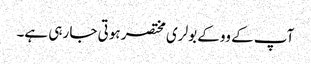
آپ کے ووکے بولری مختصر ہوتی جا رہی ہے۔